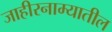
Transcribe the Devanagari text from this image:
जाहीरनाम्यातील